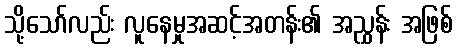
သို့သော်လည်း လူနေမှုအဆင့်အတန်း၏ အညွှန်း အဖြစ်